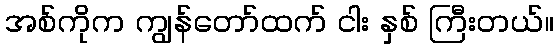
အစ်ကိုက ကျွန်တော်ထက် ငါး နှစ် ကြီးတယ်။